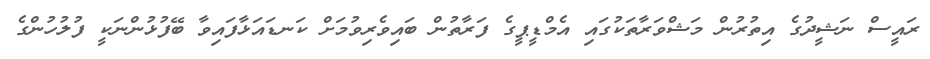
ރައީސް ނަޝީދުގެ އިތުރުން މަޝްވަރާތަކުގައި އެމްޑީޕީގެ ފަރާތުން ބައިވެރިވުމަށް ކަނޑައަޅާފައިވާ ބޭފުޅުންނަކީ ފުލުހުންގެ